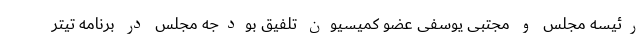
رئیسه مجلس و مجتبی یوسفی عضو کمیسیون تلفیق بودجه مجلس در برنامه تیتر